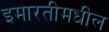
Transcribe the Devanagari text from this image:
इमारतीमधील